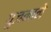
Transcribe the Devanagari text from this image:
पुजनाने